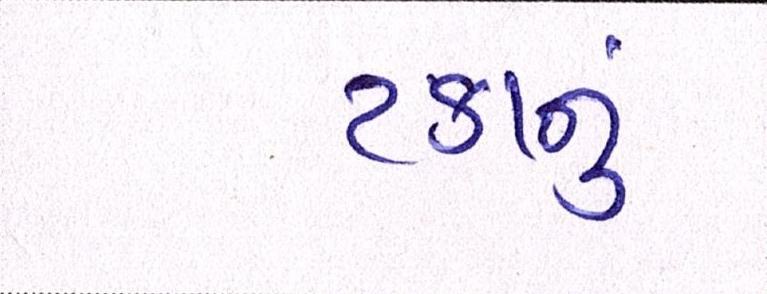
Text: ટકાનું